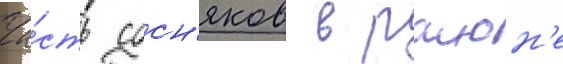
Ча́сть сосн'яков в раион'е